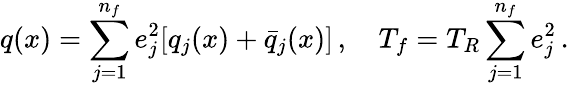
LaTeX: q(x)=\sum_{j=1}^{n_{f}}e_{j}^{2}[q_{j}(x)+\bar{q}_{j}(x)]\, ,\quad T_{f}=T_{R}\sum_{j=1}^{n_{f}}e_{j}^{2}\, .